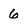
Character: 6